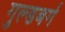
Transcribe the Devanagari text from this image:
गुल्डबर्ग